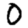
Digit: 0